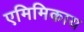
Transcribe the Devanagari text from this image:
एमिमिकाय